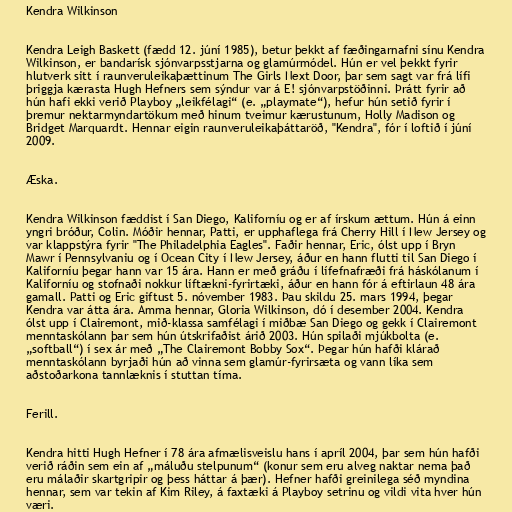
Kendra Wilkinson

Kendra Leigh Baskett (fædd 12. júní 1985), betur þekkt af fæðingarnafni sínu Kendra
Wilkinson, er bandarísk sjónvarpsstjarna og glamúrmódel. Hún er vel þekkt fyrir
hlutverk sitt í raunveruleikaþættinum The Girls Next Door, þar sem sagt var frá lífi
þriggja kærasta Hugh Hefners sem sýndur var á E! sjónvarpstöðinni. Þrátt fyrir að
hún hafi ekki verið Playboy „leikfélagi“ (e. „playmate“), hefur hún setið fyrir í
þremur nektarmyndartökum með hinum tveimur kærustunum, Holly Madison og
Bridget Marquardt. Hennar eigin raunveruleikaþáttaröð, "Kendra", fór í loftið í júní
2009.

Æska.

Kendra Wilkinson fæddist í San Diego, Kaliforníu og er af írskum ættum. Hún á einn
yngri bróður, Colin. Móðir hennar, Patti, er upphaflega frá Cherry Hill í New Jersey og
var klappstýra fyrir "The Philadelphia Eagles". Faðir hennar, Eric, ólst upp í Bryn
Mawr í Pennsylvaniu og í Ocean City í New Jersey, áður en hann flutti til San Diego í
Kaliforníu þegar hann var 15 ára. Hann er með gráðu í lífefnafræði frá háskólanum í
Kaliforníu og stofnaði nokkur líftækni-fyrirtæki, áður en hann fór á eftirlaun 48 ára
gamall. Patti og Eric giftust 5. nóvember 1983. Þau skildu 25. mars 1994, þegar
Kendra var átta ára. Amma hennar, Gloria Wilkinson, dó í desember 2004. Kendra
ólst upp í Clairemont, mið-klassa samfélagi í miðbæ San Diego og gekk í Clairemont
menntaskólann þar sem hún útskrifaðist árið 2003. Hún spilaði mjúkbolta (e.
„softball“) í sex ár með „The Clairemont Bobby Sox“. Þegar hún hafði klárað
menntaskólann byrjaði hún að vinna sem glamúr-fyrirsæta og vann líka sem
aðstoðarkona tannlæknis í stuttan tíma.

Ferill.

Kendra hitti Hugh Hefner í 78 ára afmælisveislu hans í apríl 2004, þar sem hún hafði
verið ráðin sem ein af „máluðu stelpunum“ (konur sem eru alveg naktar nema það
eru málaðir skartgripir og þess háttar á þær). Hefner hafði greinilega séð myndina
hennar, sem var tekin af Kim Riley, á faxtæki á Playboy setrinu og vildi vita hver hún
væri.